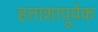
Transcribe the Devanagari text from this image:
हताशापूर्वक